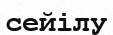
сейілу